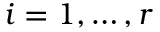
i = 1 , \ldots , r